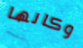
وكانها